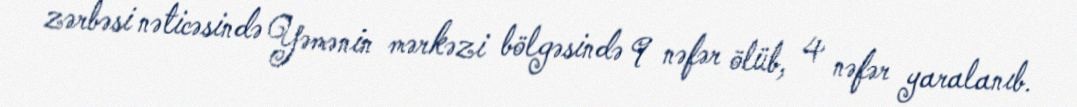
zərbəsi nəticəsində Yəmənin mərkəzi bölgəsində 9 nəfər ölüb, 4 nəfər yaralanıb.